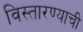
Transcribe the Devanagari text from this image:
विस्तारण्याची